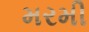
મરમી